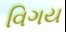
વિગય